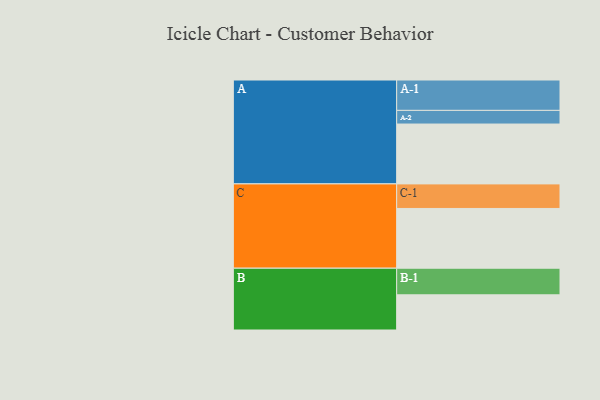
{"axis": {"x": "Segment", "y": "Value"}, "legend": ["", "A", "B", "C"], "data": [{"x": "A", "y": 587, "type": ""}, {"x": "B", "y": 345, "type": ""}, {"x": "C", "y": 586, "type": ""}, {"x": "A-1", "y": 298, "type": "A"}, {"x": "A-2", "y": 134, "type": "A"}, {"x": "B-1", "y": 261, "type": "B"}, {"x": "C-1", "y": 241, "type": "C"}]}